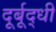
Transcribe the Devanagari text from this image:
दूर्बूद्धी